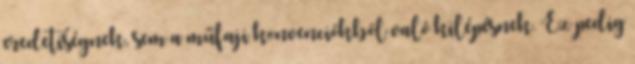
eredetiségnek, sem a műfaji konvenciókból való kilépésnek. Ez pedig